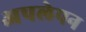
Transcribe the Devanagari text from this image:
अपलेपन